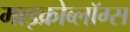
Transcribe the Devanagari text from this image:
माइक्रोब्लॉग्स